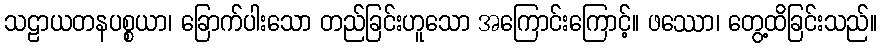
သဠာယတနပစ္စယာ၊ ခြောက်ပါးသော တည်ခြင်းဟူသော အကြောင်းကြောင့်။ ဖဿော၊ တွေ့ထိခြင်းသည်။